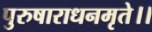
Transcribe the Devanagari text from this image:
पुरुषाराधनमृते।।